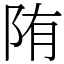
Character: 陏